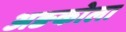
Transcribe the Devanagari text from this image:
अङकोला